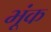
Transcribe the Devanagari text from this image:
भूंक